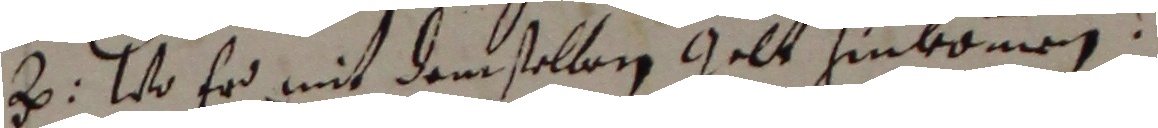
3. Wo er mit demselben gelt hinkommen.